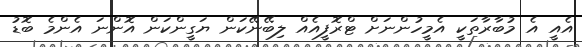
އެއީ އެ މުބާރާތަކީ އެމީހުންނަށް ޓްރޮފީއެއް ލިބޭނޭކަން ޔަގީންކަން އޮންނަ އެންމެ ބޮޑު